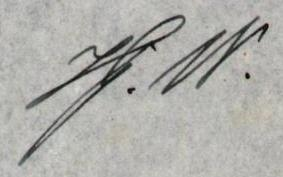
J.W.